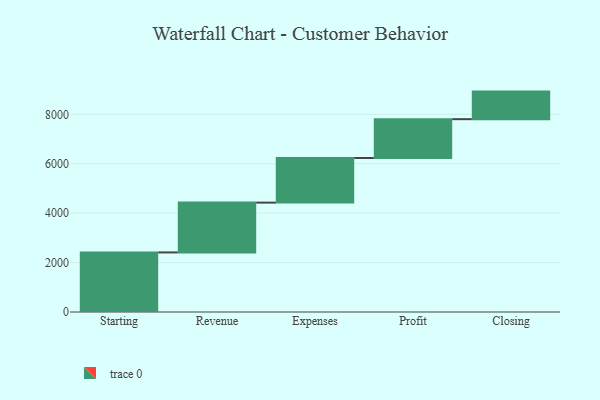
{"axis": {"x": "Step", "y": "Value"}, "legend": [""], "data": [{"x": "Starting", "y": 2411.0, "type": ""}, {"x": "Revenue", "y": 2016.0, "type": ""}, {"x": "Expenses", "y": 1806.0, "type": ""}, {"x": "Profit", "y": 1571.0, "type": ""}, {"x": "Closing", "y": 1116.0, "type": ""}]}